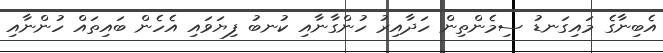
އެބިނާގެ މައިގަނޑު ސިމެންތިން ހަދާއިރު ހުންގާނާއި ކުނބު ފިޔަވައި އެހެން ބައިތައް ހުންނާއި